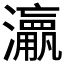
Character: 𱪅